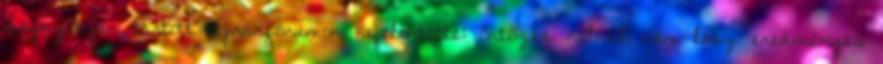
megnyitóján tartott agrárfórumon kijelentette: öntözés nélkül nem lesz eredményes